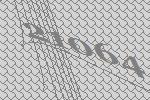
21064